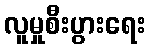
လူမှုစီးပွားရေး